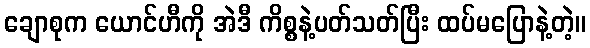
ချောစုက ယောင်ဟီကို အဲဒီ ကိစ္စနဲ့ပတ်သတ်ပြီး ထပ်မပြောနဲ့တဲ့။